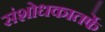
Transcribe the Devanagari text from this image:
संशोधकातर्फे